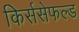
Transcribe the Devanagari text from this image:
किर्ससेफल्ड